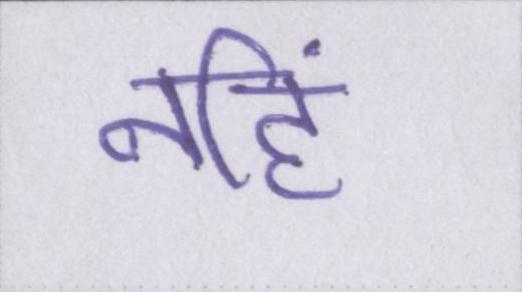
नहिं